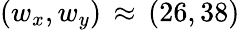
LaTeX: (w_{x},w_{y})\, \approx\, (26,38)